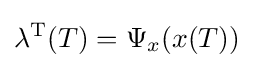
\lambda ^{\rm {T}}(T)=\Psi _{x}(x(T))